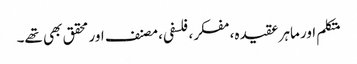
متکلم اور ماہر عقیدہ، مفکر، فلسفی، مصنف اور محقق بھی تھے۔